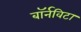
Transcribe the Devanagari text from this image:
बॉर्नविटा